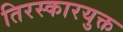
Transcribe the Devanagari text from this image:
तिरस्कारयुक्त